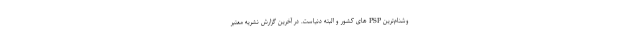
وشنام‌ترین PSP های کشور و البته دنیاست. در آخرین گزارش نشریه معتبر